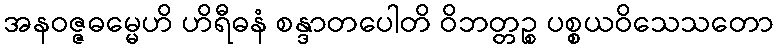
အနဝဇ္ဇဓမ္မေဟိ ဟိရီဓနံ စန္ဒာတပေါတိ ဝိဘတ္တဉ္စ ပစ္စယဝိသေသတော